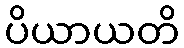
ပိယာယတိ